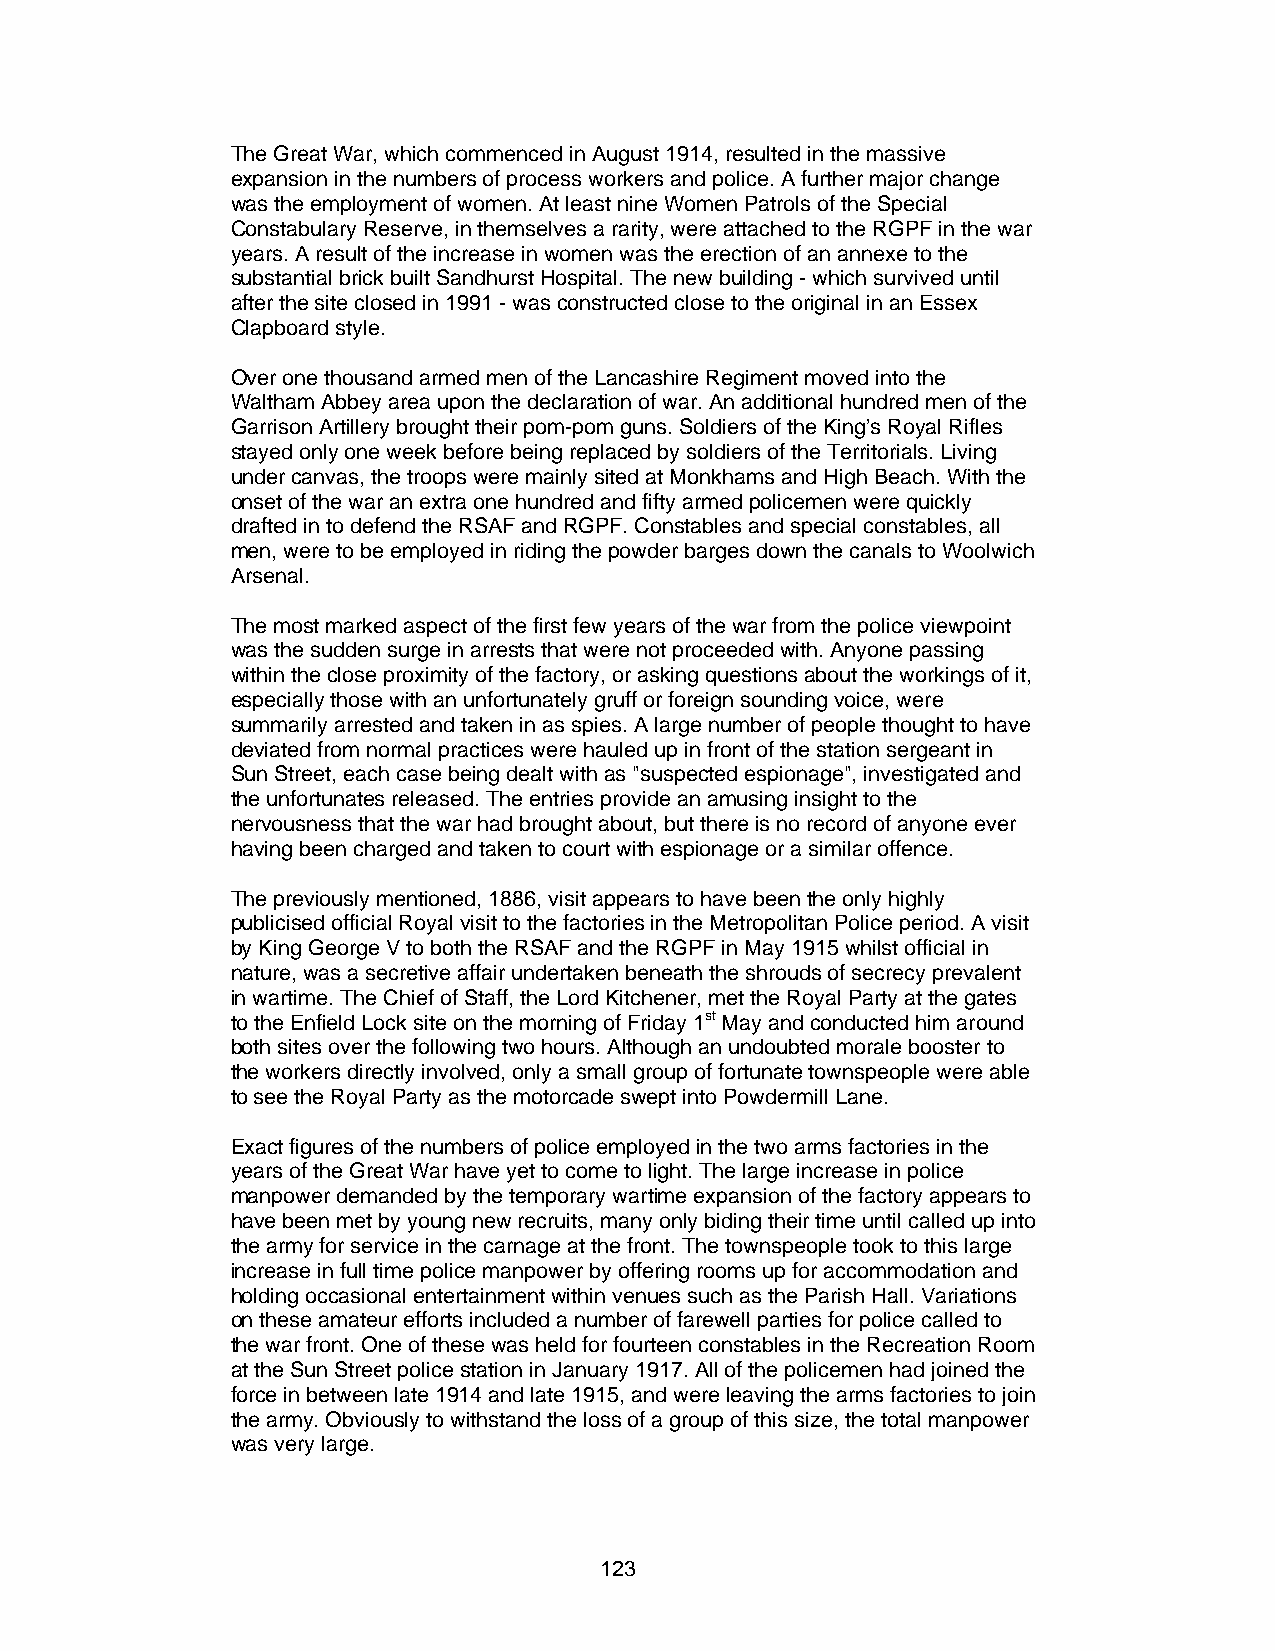
The Great War, which commenced in August 1914, resulted in the massive
 expansion in the numbers of process workers and police. A further major change
 was the employment of women. At least nine Women Patrols of the Special
 Constabulary Reserve, in themselves a rarity, were attached to the RGPF in the war
 years. A result of the increase in women was the erection of an annexe to the
 substantial brick built Sandhurst Hospital. The new building - which survived until
 after the site closed in 1991 - was constructed close to the original in an Essex
 Clapboard style.
 Over one thousand armed men of the Lancashire Regiment moved into the
 Waltham Abbey area upon the declaration of war. An additional hundred men of the
 Garrison Artillery brought their pom-pom guns. Soldiers of the King’s Royal Rifles
 stayed only one week before being replaced by soldiers of the Territorials. Living
 under canvas, the troops were mainly sited at Monkhams and High Beach. With the
 onset of the war an extra one hundred and fifty armed policemen were quickly
 drafted in to defend the RSAF and RGPF. Constables and special constables, all
 men, were to be employed in riding the powder barges down the canals to Woolwich
 Arsenal.
 The most marked aspect of the first few years of the war from the police viewpoint
 was the sudden surge in arrests that were not proceeded with. Anyone passing
 within the close proximity of the factory, or asking questions about the workings of it,
 especially those with an unfortunately gruff or foreign sounding voice, were
 summarily arrested and taken in as spies. A large number of people thought to have
 deviated from normal practices were hauled up in front of the station sergeant in
 Sun Street, each case being dealt with as "suspected espionage", investigated and
 the unfortunates released. The entries provide an amusing insight to the
 nervousness that the war had brought about, but there is no record of anyone ever
 having been charged and taken to court with espionage or a similar offence.
 The previously mentioned, 1886, visit appears to have been the only highly
 publicised official Royal visit to the factories in the Metropolitan Police period. A visit
 by King George V to both the RSAF and the RGPF in May 1915 whilst official in
 nature, was a secretive affair undertaken beneath the shrouds of secrecy prevalent
 in wartime. The Chief of Staff, the Lord Kitchener, met the Royal Party at the gates
 to the Enfield Lock site on the morning of Friday 1st May and conducted him around
 both sites over the following two hours. Although an undoubted morale booster to
 the workers directly involved, only a small group of fortunate townspeople were able
 to see the Royal Party as the motorcade swept into Powdermill Lane.
 Exact figures of the numbers of police employed in the two arms factories in the
 years of the Great War have yet to come to light. The large increase in police
 manpower demanded by the temporary wartime expansion of the factory appears to
 have been met by young new recruits, many only biding their time until called up into
 the army for service in the carnage at the front. The townspeople took to this large
 increase in full time police manpower by offering rooms up for accommodation and
 holding occasional entertainment within venues such as the Parish Hall. Variations
 on these amateur efforts included a number of farewell parties for police called to
 the war front. One of these was held for fourteen constables in the Recreation Room
 at the Sun Street police station in January 1917. All of the policemen had joined the
 force in between late 1914 and late 1915, and were leaving the arms factories to join
 the army. Obviously to withstand the loss of a group of this size, the total manpower
 was very large.
 123